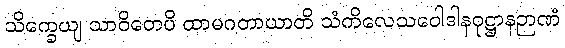
သိက္ခေယျ သာဝိတေပိ ထာမဂတာယာတိ သံကိလေသဝေါဒါနဝုဋ္ဌာနဉာဏံ